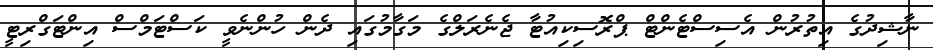
ނާޝިދުގެ އިތުރުން އެސިސްޓެންޓް ޕްރޮސިކިއުޓާ ޖެނެރަލްގެ މަގާމުގައި ދެން ހުންނެވީ ކަސްޓަމްސް އިންޓަގްރިޓީ